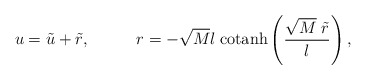
\begin{align*}u=\tilde{u}+\tilde{r},\;\;\;\;\;\;\;\;\;\;r=-\sqrt{M}l\;\mbox{cotanh}\left(\frac{\sqrt{M}\;\tilde{r}}{l}\right),\end{align*}